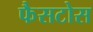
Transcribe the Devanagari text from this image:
फैसटोस